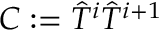
C : = \hat { T } ^ { i } \hat { T } ^ { i + 1 }